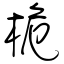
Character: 桅